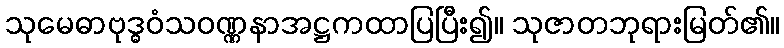
သုမေဓာဗုဒ္ဓဝံသဝဏ္ဏနာအဋ္ဌကထာပြပြီး၍။ သုဇာတဘုရားမြတ်၏။